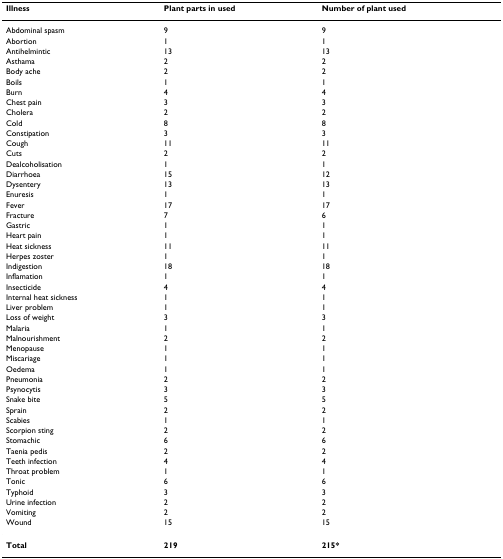
<table><thead><tr><td><b>Illness</b></td><td><b>Plant parts in used</b></td><td><b>Number of plant used</b></td></tr></thead><tbody><tr><td>Abdominal spasm</td><td>9</td><td>9</td></tr><tr><td>Abortion</td><td>1</td><td>1</td></tr><tr><td>Antihelmintic</td><td>13</td><td>13</td></tr><tr><td>Asthama</td><td>2</td><td>2</td></tr><tr><td>Body ache</td><td>2</td><td>2</td></tr><tr><td>Boils</td><td>1</td><td>1</td></tr><tr><td>Burn</td><td>4</td><td>4</td></tr><tr><td>Chest pain</td><td>3</td><td>3</td></tr><tr><td>Cholera</td><td>2</td><td>2</td></tr><tr><td>Cold</td><td>8</td><td>8</td></tr><tr><td>Constipation</td><td>3</td><td>3</td></tr><tr><td>Cough</td><td>11</td><td>11</td></tr><tr><td>Cuts</td><td>2</td><td>2</td></tr><tr><td>Dealcoholisation</td><td>1</td><td>1</td></tr><tr><td>Diarrhoea</td><td>15</td><td>12</td></tr><tr><td>Dysentery</td><td>13</td><td>13</td></tr><tr><td>Enuresis</td><td>1</td><td>1</td></tr><tr><td>Fever</td><td>17</td><td>17</td></tr><tr><td>Fracture</td><td>7</td><td>6</td></tr><tr><td>Gastric</td><td>1</td><td>1</td></tr><tr><td>Heart pain</td><td>1</td><td>1</td></tr><tr><td>Heat sickness</td><td>11</td><td>11</td></tr><tr><td>Herpes zoster</td><td>1</td><td>1</td></tr><tr><td>Indigestion</td><td>18</td><td>18</td></tr><tr><td>Inflamation</td><td>1</td><td>1</td></tr><tr><td>Insecticide</td><td>4</td><td>4</td></tr><tr><td>Internal heat sickness</td><td>1</td><td>1</td></tr><tr><td>Liver problem</td><td>1</td><td>1</td></tr><tr><td>Loss of weight</td><td>3</td><td>3</td></tr><tr><td>Malaria</td><td>1</td><td>1</td></tr><tr><td>Malnourishment</td><td>2</td><td>2</td></tr><tr><td>Menopause</td><td>1</td><td>1</td></tr><tr><td>Miscariage</td><td>1</td><td>1</td></tr><tr><td>Oedema</td><td>1</td><td>1</td></tr><tr><td>Pneumonia</td><td>2</td><td>2</td></tr><tr><td>Psynocytis</td><td>3</td><td>3</td></tr><tr><td>Snake bite</td><td>5</td><td>5</td></tr><tr><td>Sprain</td><td>2</td><td>2</td></tr><tr><td>Scabies</td><td>1</td><td>1</td></tr><tr><td>Scorpion sting</td><td>2</td><td>2</td></tr><tr><td>Stomachic</td><td>6</td><td>6</td></tr><tr><td>Taenia pedis</td><td>2</td><td>2</td></tr><tr><td>Teeth infection</td><td>4</td><td>4</td></tr><tr><td>Throat problem</td><td>1</td><td>1</td></tr><tr><td>Tonic</td><td>6</td><td>6</td></tr><tr><td>Typhoid</td><td>3</td><td>3</td></tr><tr><td>Urine infection</td><td>2</td><td>2</td></tr><tr><td>Vomiting</td><td>2</td><td>2</td></tr><tr><td>Wound</td><td>15</td><td>15</td></tr><tr><td><b>Total</b></td><td><b>219</b></td><td><b>215*</b></td></tr></tbody></table>